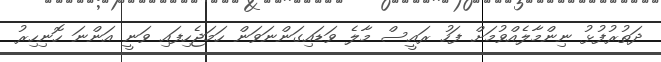
ދަތުރުފުޅު ނިންމާލެއްވުމަށް ފަހު ރައީސް މާލެ ވަޑައިގަންނަވަން ހަމަޖެހިފައި ވަނީ އަންނަ ހޮނިހިރު